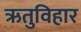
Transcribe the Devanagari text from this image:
ऋतुविहार